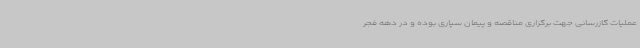
عملیات گازرسانی جهت برگزاری مناقصه و پیمان سپاری بوده و در دهه فجر